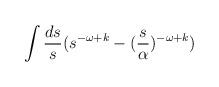
LaTeX: \begin{align*}\int {ds \over s}(s^{-\omega+k}-({s \over \alpha})^{-\omega+k})\end{align*}